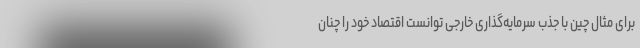
برای مثال چین با جذب سرمایه‌گذاری خارجی توانست اقتصاد خود را چنان